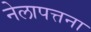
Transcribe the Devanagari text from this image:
नेलापत्तना